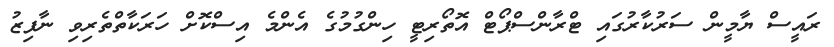
ރައީސް ޔާމީން ސަރުކާރުގައި ޓްރާންސްޕޯޓް އޮތޯރިޓީ ހިންގުމުގެ އެންމެ އިސްކޮށް ހަރަކާތްތެރިވި ނާފިޒު